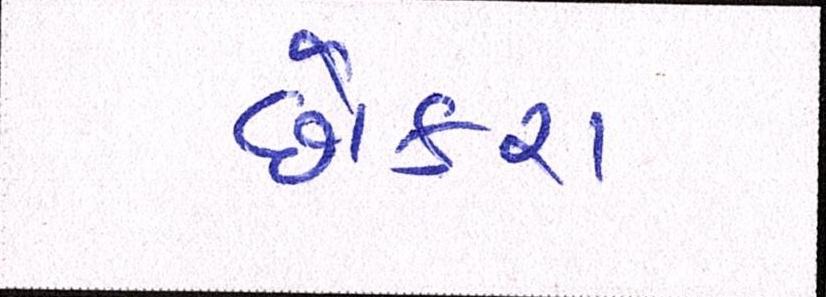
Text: છોકરા